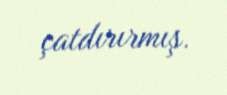
çatdırırmış.